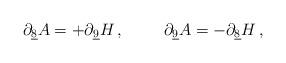
LaTeX: \begin{align*}\partial_{\underline{8}}A = +\partial_{\underline{9}}H\, ,\hspace{1cm}\partial_{\underline{9}}A = -\partial_{\underline{8}}H\, ,\end{align*}